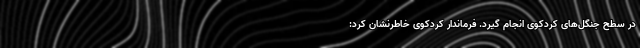
در سطح جنگل‌های کردکوی انجام گیرد. فرماندار کردکوی خاطرنشان کرد: